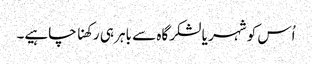
اُس کو شہر یا لشکرگاہ سے باہر ہی رکھنا چاہیے۔